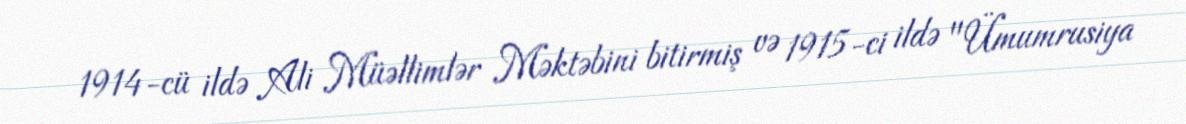
1914-cü ildə Ali Müəllimlər Məktəbini bitirmiş və 1915-ci ildə "Ümumrusiya